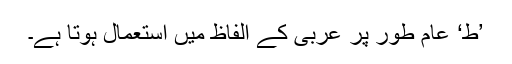
’ط‘ عام طور پر عربی کے الفاظ میں استعمال ہوتا ہے۔